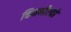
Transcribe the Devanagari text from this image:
चिमणीएवढे